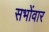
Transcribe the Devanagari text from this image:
सभोंवार